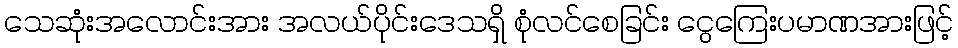
သေဆုံးအလောင်းအား အလယ်ပိုင်းဒေသရှိ စုံလင်စေခြင်း ငွေကြေးပမာဏအားဖြင့်